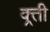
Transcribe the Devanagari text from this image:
क्र्ती